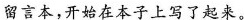
留言本，开始在本子上写了起来。